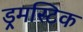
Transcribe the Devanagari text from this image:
ड्रमस्टिक